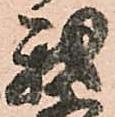
我